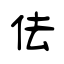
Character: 佉